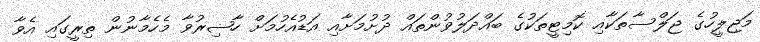
މަޖިލީހުގެ ޖަލްސާތަކާއި ކޮމިޓީތަކުގެ ބައްދަލުވުންތައް ދުށުމަށާއި އަޑުއެހުމަށް ހާޟިރުވާ މެހެމާނުން ތިރީގައި އެވާ